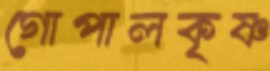
গোপালকৃষ্ণ